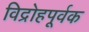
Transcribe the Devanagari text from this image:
विद्रोहपूर्वक